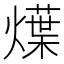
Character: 𤐌